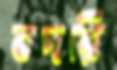
বদরি